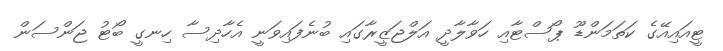
ޓީއައިއޭގެ ކަތަމަންޑޫ ޕޯސްޓާއި ހަވާލާދީ އަލްޖަޒީރާގައި ބުނެފައިވަނީ އެހާދިސާ ހިނގީ ބޯޓު ޖަންސަން